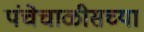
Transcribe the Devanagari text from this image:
पंचेचाळीसच्या